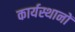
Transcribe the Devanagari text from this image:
कार्यस्थानों